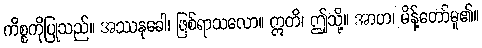
ကိစ္စကိုပြုသည်။ အဿနုခေါ၊ ဖြစ်ရာသလော။ ဣတိ၊ ဤသို့။ အာဟ၊ မိန့်တော်မူ၏။